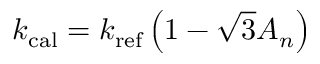
k _ { \mathrm { c a l } } = k _ { \mathrm { r e f } } \left( 1 - \sqrt { 3 } A _ { n } \right)